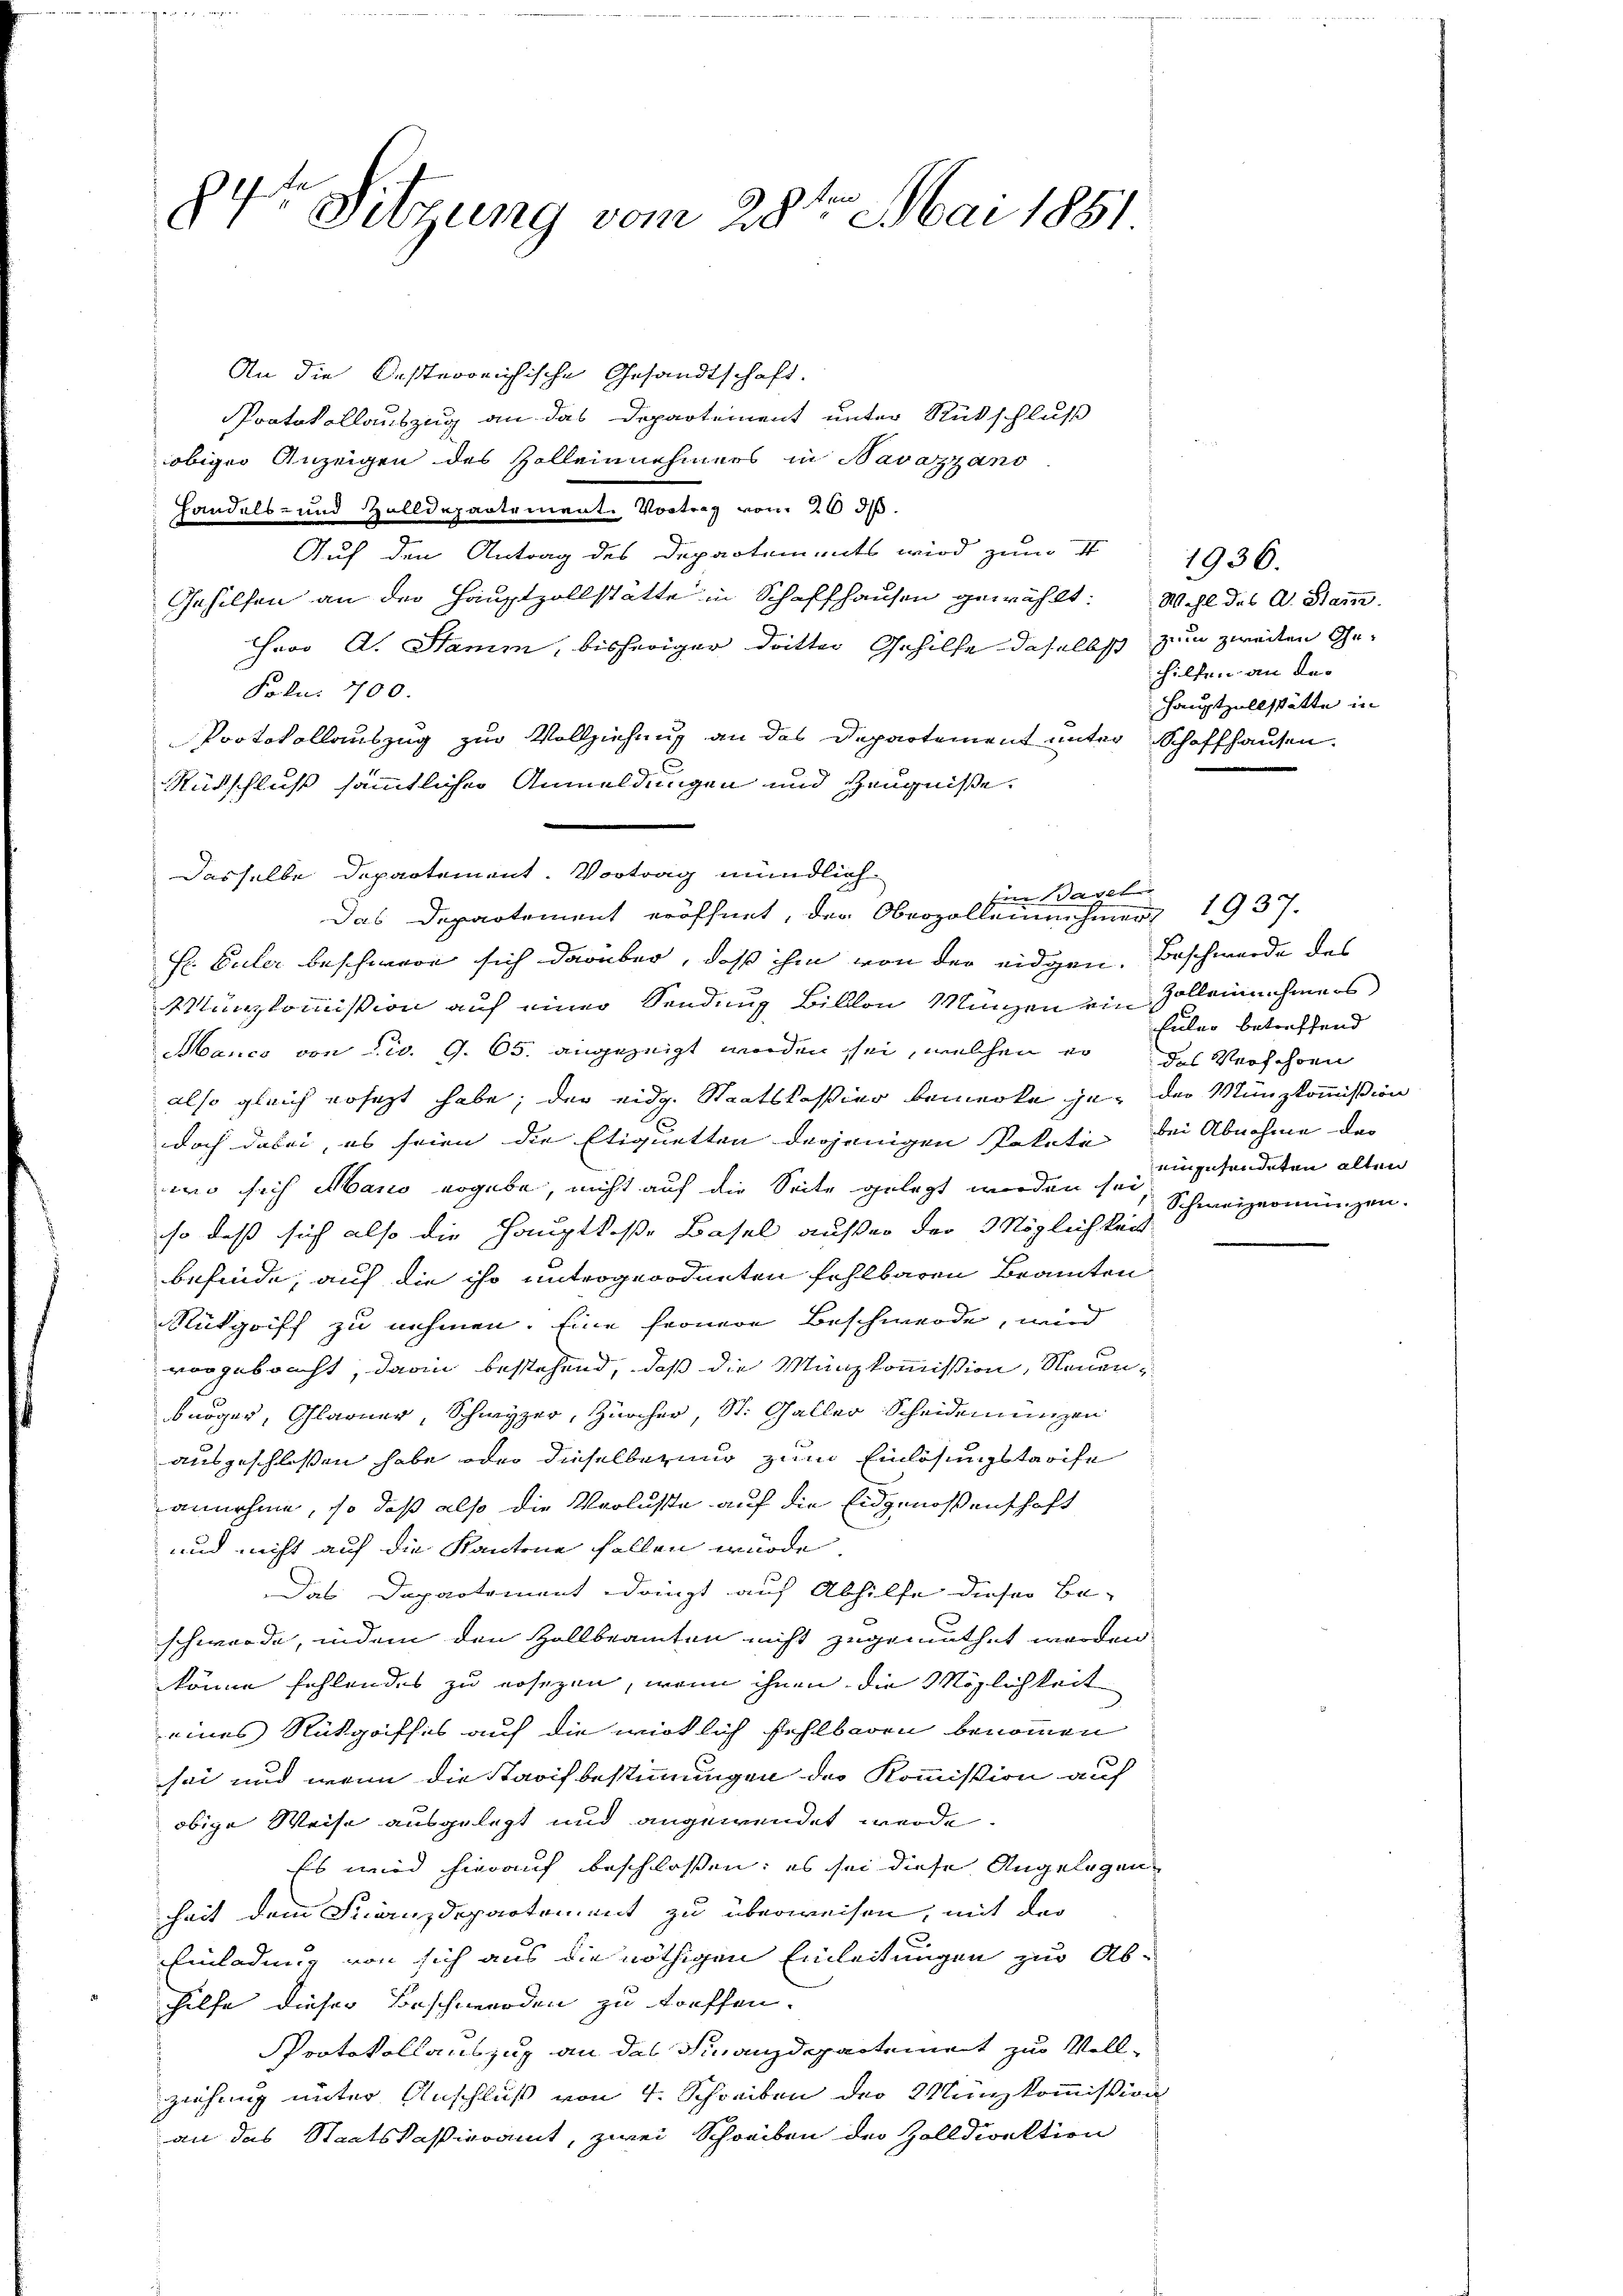
An die Desterreichische Gesandtschaft.
Protokollauszug an das Departement unter Rückschluß
obiger Anzeigen des Zolleinnehmers in Navazzano
Handels- und Zolldepartement. Vortrag vom 20 J.
Auf den Antrag des Departements wird zum S
Gehilfen an der Hauptzollstätte in Schaffhausen gewählt: Wohl des A. Stamm-
Herr A. Stamm, bisheriger dritter Gehilfe daselbst zum zweiten Ge¬
Frkn. 700.
Protokollauszug zur Vollziehung an das Departement unter Schaffhausen.
Rüdschluß sämmtlicher Anmeldungen und Zeugniße.
in Wagel
E Euler beschwere sich darüber, daß ihm von der eidgen. Beschwerde des
Munzkommission auf einer Sendung Billon Münzen ein Zolleinehmers
Manco von Civ. G. 65. angezeigt werden sei, welchen er das Verschonn
also gleich ersetzt habe; der eidg. Staatskassier bemerke ja, der Münzkommißion
doch dabei, es seien die Etiquetten derjenigen Pakete bei Abnahme des
wo sich Mano ergebe, nicht auf die Seite gelegt worden sei, Schweizermünzen.
so daß sich also die Hauptkasse Basel ausser der Möglichkeit
befinde, auf die ihr untergeordneten fehlbaren Beamten
Rütgriff zu nehmen. Eine fernere Beschwerde, wird
vorgebracht, darin bestehend, daß die Münzkommission, Neuenbürger, Glarner, Schwyzer, Zürcher, St. Galler Scheidemünzen
ausgeschlossen habe oder dieselbezung zum Einlösungstreife
annehme, so daß also die Verluste auf die Eidgenossenschaft
und nicht auf die Kantone fallen würde.
Das Departement dringt auf Abhilfe dieser Be-
schwerde, indem den Zollbeamten nicht zugemuthet werden.
könne fehlendes zu ersezen, wenn ihnen die Möglichkeit
eines Rückgriffes auf die wirklich fehlbaren benommen
sei und wenn die Starif bestimmungen des Kommission auf
obige Weise ausgelegt und angewendet werde.
Es wird hierauf beschlossen; es sei diese Angelegen
hait dem Finanzdepartement zu überweisen, mit der
.
Einladung von sich aus die nöthigen Einleitungen zur Ab-
hilfe dieser Beschwerden zu treffen.
Protokollauszug an das Finanzdepartement zur Vollziehung unter Anschluß von 4. Schreiben der Münzkommission
an das Staatskassieramt, zwei Schreiben der Zolldiektion

84te Sitzung vom 28ten Mai 1881

Dasselbe Departement. Vortrag mündlich
Das Departement eröffnet, der Oberzolleinehmen 1937.

1936.
hilfen an der
Hauptzollstätte in

Euler betreffend
einzufindeten alten